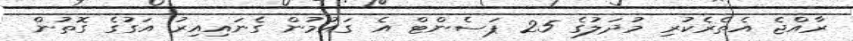
ރާއްޖެ އެތެރެކުރި މުދަލުގެ 25 ޕަސެންޓް އެ ގައުމުން ގެނައިއިިރު އަގުގެ ގޮތުން